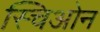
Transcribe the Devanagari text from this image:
स्चिओन